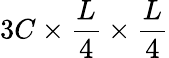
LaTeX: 3C\times\frac{L}{4}\times\frac{L}{4}